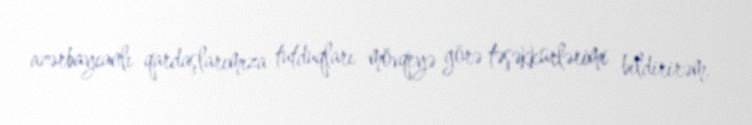
azərbaycanlı qardaşlarımıza tutduqları mövqeyə görə təşəkkürlərimi bildirirəm.